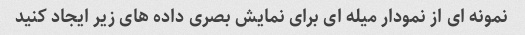
نمونه ای از نمودار میله ای برای نمایش بصری داده های زیر ایجاد کنید